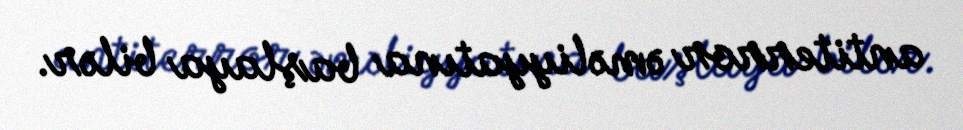
antiterror əməliyyatına başlaya bilər.